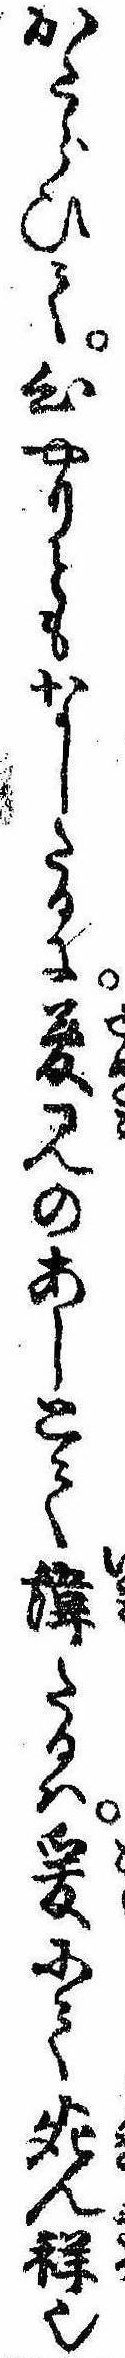
かたらひて心やりともなしたるに夢見のあしとて諱たるは爰にて死ん祥也